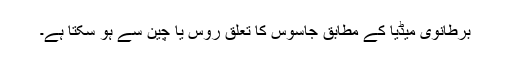
برطانوی میڈیا کے مطابق جاسوس کا تعلق روس یا چین سے ہو سکتا ہے۔